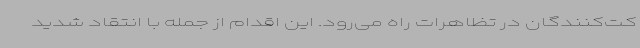
کت‌کنندگان در تظاهرات راه می‌رود. این اقدام از جمله با انتقاد شدید